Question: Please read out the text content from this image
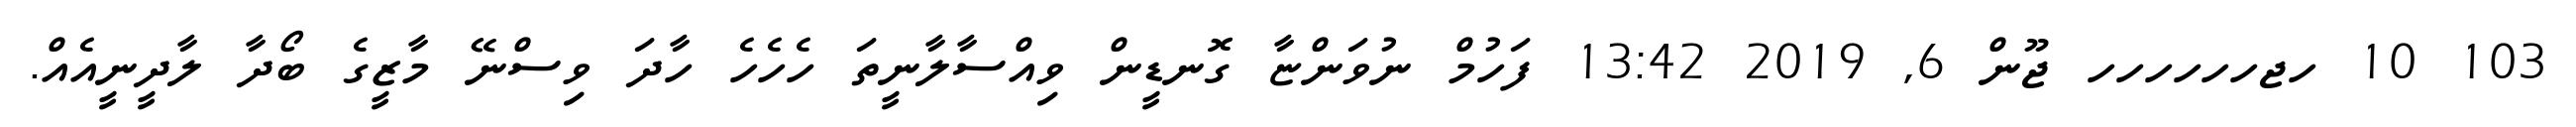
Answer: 103 10 ހޖހހހހހހ ޖޫން 6, 2019 13:42 ފަހުމް ނުވަންޏާ ގޮނޑީން ވިއްސާލާނީތަ ހެހެހެ ހާދަ ވިސްނޭ މާޒީގެ ބޯދާ ލާދީނީއެއް.